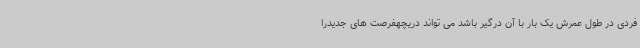
فردی در طول عمرش یک بار با آن درگیر باشد می تواند دریچهفرصت های جدیدرا